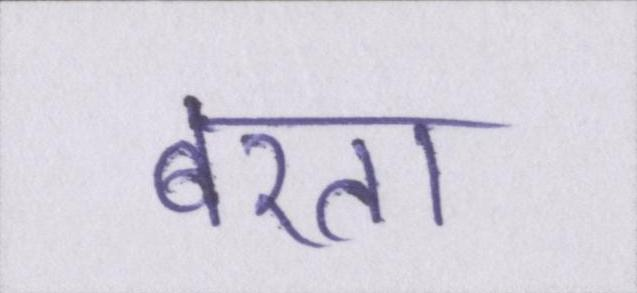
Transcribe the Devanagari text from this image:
बरता